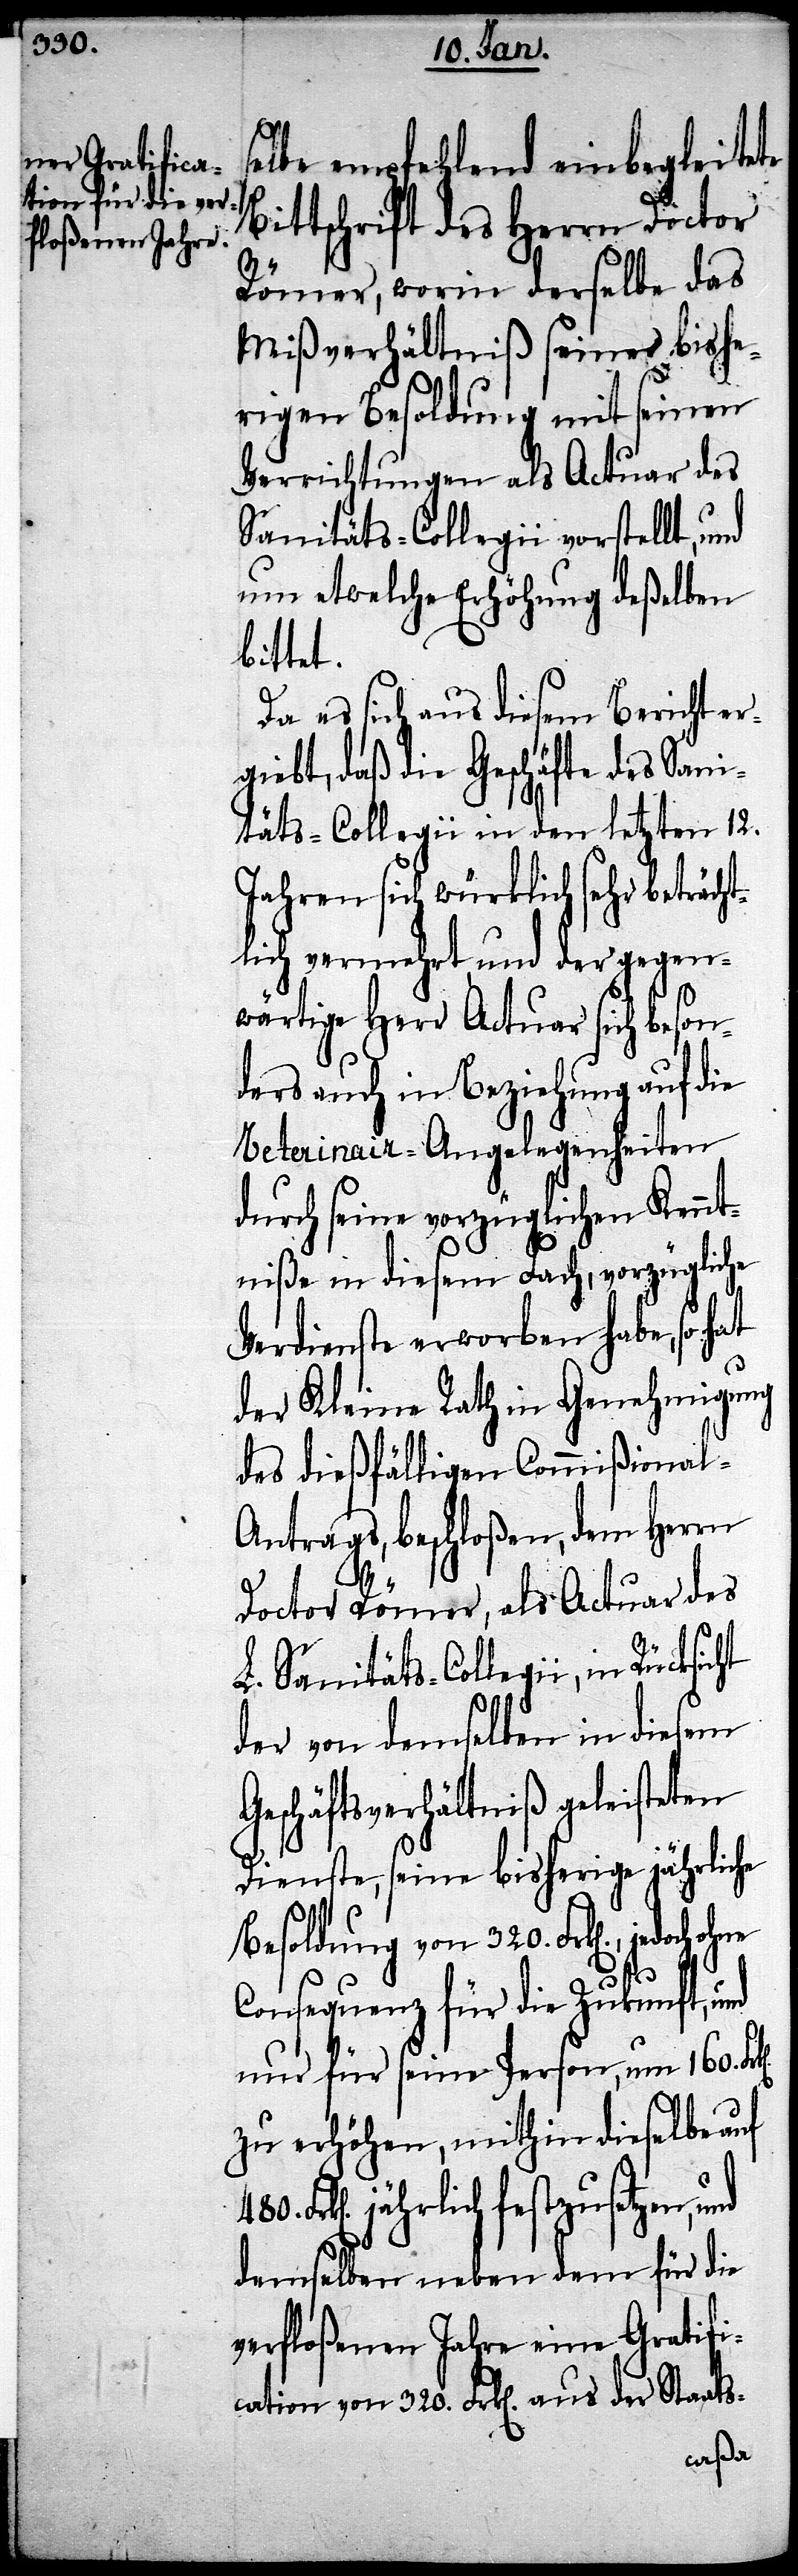
selbe empfehlend einbegleitete
tschrift des Herrn Doctor
Römer, worin derselbe das
Mißverhältniß seiner bishe¬
rigen Besoldung mit seinen
Verrichtungen als Actuar des
Sanitäts-Collegii vorstellt, und
nun etwelche Erhöhung deßelben
bittet.
Da es sich aus diesem Bericht er¬
giebt, daß die Geschäfte des Sani¬
täts-Collegii in den letzten 12.
Jahren sich würklich sehr beträch¬
tlich vermehrt, und der gegen¬
wärtige Herr Actuar sich beso¬
nders auch in Beziehung auf die
Veterinair-Angelegenheiten
durch seine vorzüglichen Kennt¬
niße in diesem Fach, vorzügliche
Verdienste erworben habe, so hat
der Kleine Rath in Genehmigung
des dießfälligen Commißional-A¬
ntrags, beschloßen, dem Herrn
Doctor Römer, als Actuar des
L. Sanitäts-Collegii, in
der von demselben in diesem
Geschäftsverhältniß geleisteten
Dienste, seine bisherige jährliche
Besoldung von 320. Frk[en].,
Consequenz für die Zukunft, und
nur für seine Person, um 160.
zu erhöhen, mithin dieselbe auf
jährlich festzusetzen,
demselben neben dem für die
verfloßenen Jahre eine Gratifi¬
cation von 320. Frk[en]. aus der Staats-